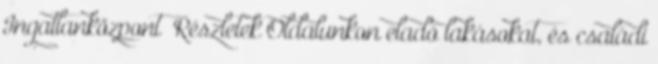
Ingatlanközpont Részletek Oldalunkon eladó lakásokat, és családi